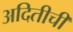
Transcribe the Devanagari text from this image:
अदितीची